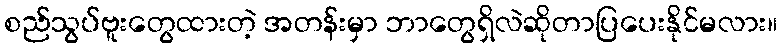
စည်သွပ်ဗူးတွေထားတဲ့ အတန်းမှာ ဘာတွေရှိလဲဆိုတာပြပေးနိုင်မလား။